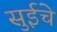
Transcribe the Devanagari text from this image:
सुईचे